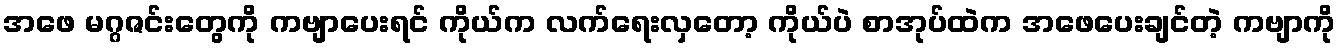
အဖေ မဂ္ဂဇင်းတွေကို ကဗျာပေးရင် ကိုယ်က လက်ရေးလှတော့ ကိုယ်ပဲ စာအုပ်ထဲက အဖေပေးချင်တဲ့ ကဗျာကို